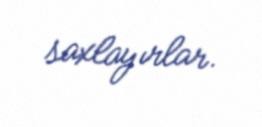
saxlayırlar.